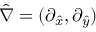
\hat { \nabla } = ( \partial _ { \hat { x } } , \partial _ { \hat { y } } )